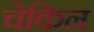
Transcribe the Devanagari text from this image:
चेकिन